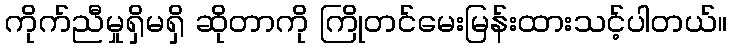
ကိုက်ညီမှုရှိမရှိ ဆိုတာကို ကြိုတင်မေးမြန်းထားသင့်ပါတယ်။